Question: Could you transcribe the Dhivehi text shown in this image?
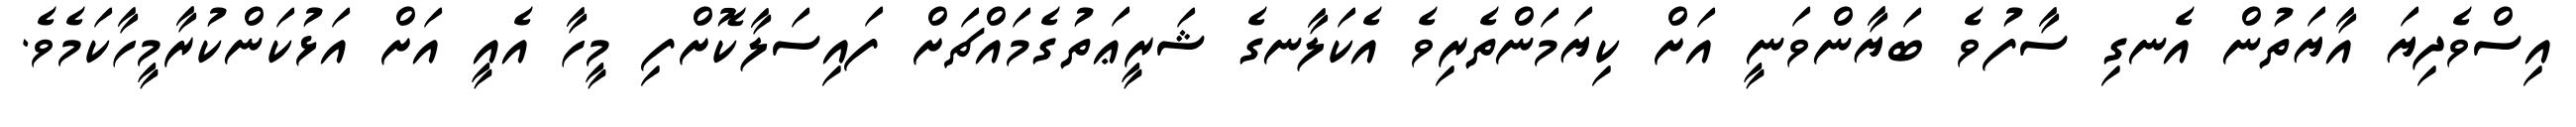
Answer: އިސްވެދިޔަ އާޔަތުން އެނގި ސާފުވެ ބަޔާންވަނީ އަށް ކިޔަމަންތެރިވެ އެކަލާނގެ ޝަރީޢަތުގެމައްޗަށް ފައިސަލާކޮށްފި މީހާ އެއީ އަށް އަޅުކަންކުރާމީހާކަމެވެ.